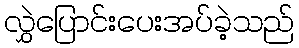
လွှဲပြောင်းပေးအပ်ခဲ့သည်